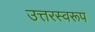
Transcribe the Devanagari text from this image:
उत्तरस्वरूप